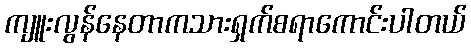
ကျူးလွန်နေတာကသားရှက်စရာကောင်းပါတယ်